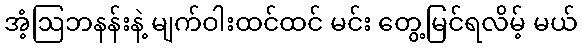
အံ့ဩဘနန်းနဲ့ မျက်ဝါးထင်ထင် မင်း တွေ့မြင်ရလိမ့် မယ်